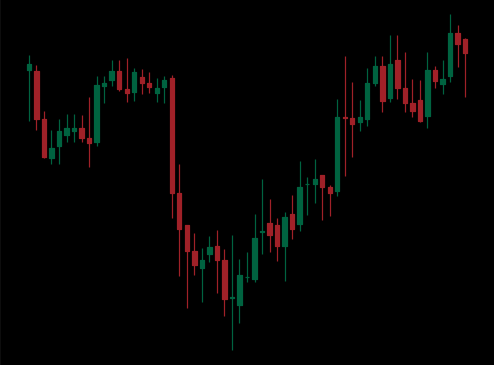
Pattern: inverse_head_shoulders